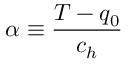
\alpha \equiv \frac { T - q _ { 0 } } { c _ { h } }